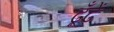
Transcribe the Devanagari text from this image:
ढूँढें